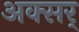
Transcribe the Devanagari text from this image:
अक्सर्